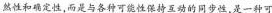
然性和确定性，而是与各种可能性保持互动的同步性，是一种可